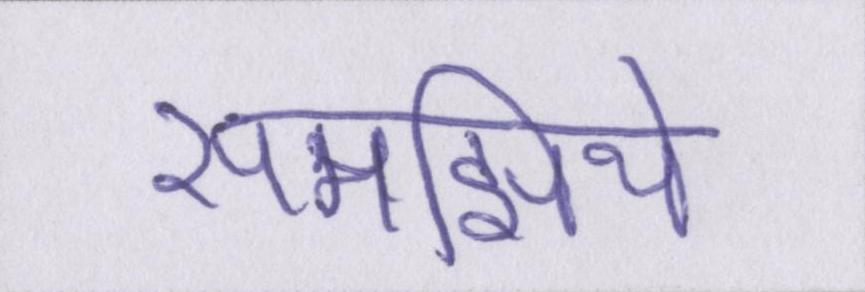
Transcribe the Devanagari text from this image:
समझिये